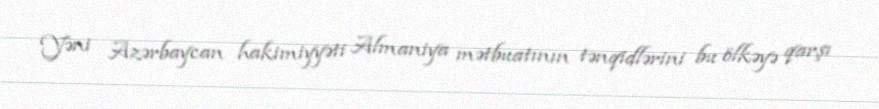
Yəni Azərbaycan hakimiyyəti Almaniya mətbuatının tənqidlərini bu ölkəyə qarşı